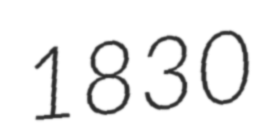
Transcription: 1830